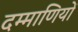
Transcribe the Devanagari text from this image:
दम्माणियों